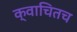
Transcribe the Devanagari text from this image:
क्वाचितच